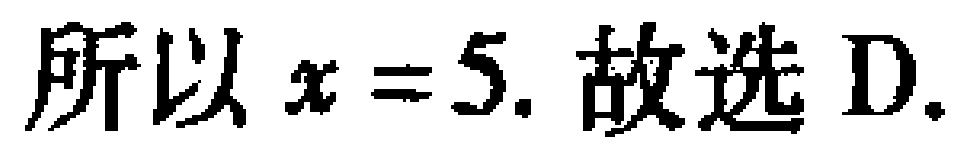
所以 \(x = 5.\) 故选 D.